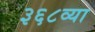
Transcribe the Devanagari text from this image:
३६८व्या